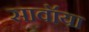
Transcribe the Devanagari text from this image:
सावॉया